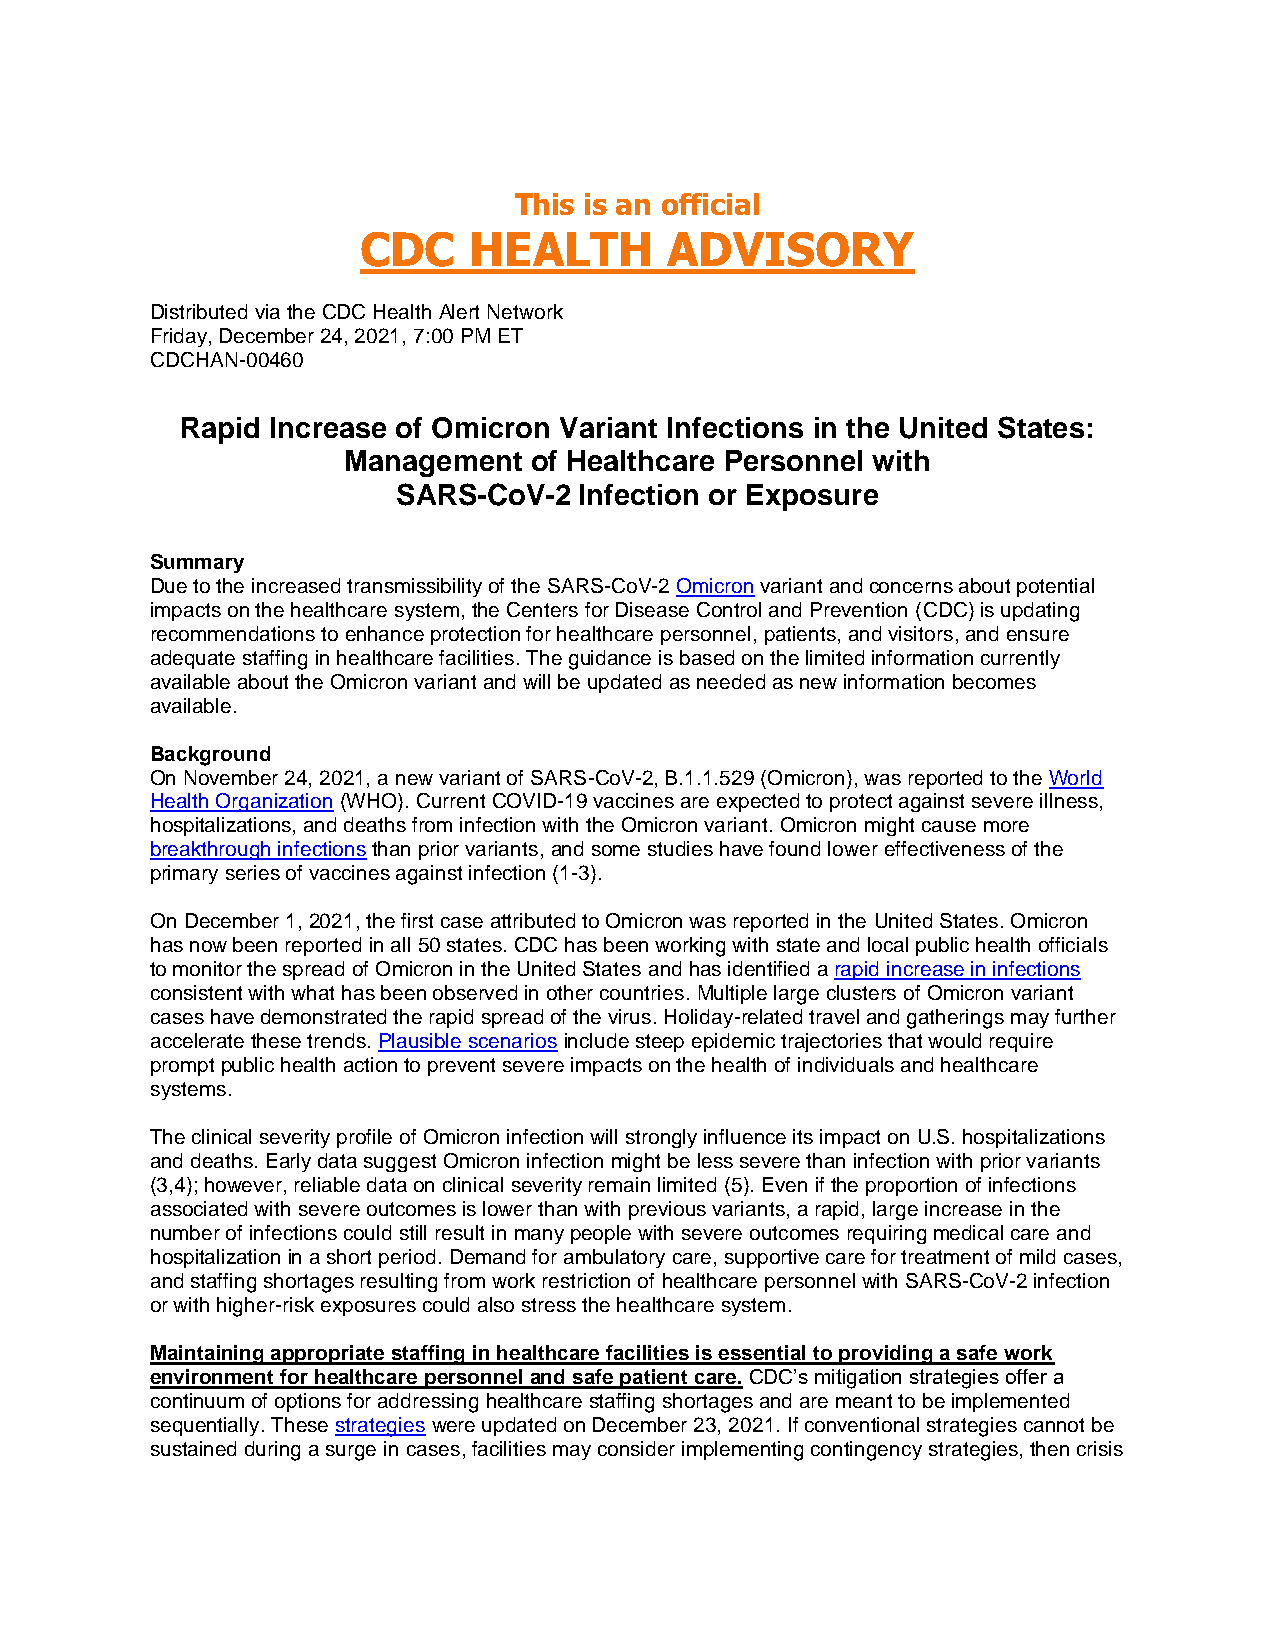
This is an official
 CDC    HEALTH       ADVISORY
 Distributed via the CDC Health Alert Network
 Friday, December 24, 2021, 7:00 PM ET
 CDCHAN-00460
 Rapid Increase of Omicron Variant Infections in the United States:
 Management  of Healthcare Personnel with
 SARS-CoV-2  Infection or Exposure
 Summary
 Due to the increased transmissibility of the SARS-CoV-2 Omicron variant and concerns about potential
 impacts on the healthcare system, the Centers for Disease Control and Prevention (CDC) is updating
 recommendations to enhance protection for healthcare personnel, patients, and visitors, and ensure
 adequate staffing in healthcare facilities. The guidance is based on the limited information currently
 available about the Omicron variant and will be updated as needed as new information becomes
 available.
 Background
 On November 24, 2021, a new variant of SARS-CoV-2, B.1.1.529 (Omicron), was reported to the World
 Health Organization (WHO). Current COVID-19 vaccines are expected to protect against severe illness,
 hospitalizations, and deaths from infection with the Omicron variant. Omicron might cause more
 breakthrough infections than prior variants, and some studies have found lower effectiveness of the
 primary series of vaccines against infection (1-3).
 On December 1, 2021, the first case attributed to Omicron was reported in the United States. Omicron
 has now been reported in all 50 states. CDC has been working with state and local public health officials
 to monitor the spread of Omicron in the United States and has identified a rapid increase in infections
 consistent with what has been observed in other countries. Multiple large clusters of Omicron variant
 cases have demonstrated the rapid spread of the virus. Holiday-related travel and gatherings may further
 accelerate these trends. Plausible scenarios include steep epidemic trajectories that would require
 prompt public health action to prevent severe impacts on the health of individuals and healthcare
 systems.
 The clinical severity profile of Omicron infection will strongly influence its impact on U.S. hospitalizations
 and deaths. Early data suggest Omicron infection might be less severe than infection with prior variants
 (3,4); however, reliable data on clinical severity remain limited (5). Even if the proportion of infections
 associated with severe outcomes is lower than with previous variants, a rapid, large increase in the
 number of infections could still result in many people with severe outcomes requiring medical care and
 hospitalization in a short period. Demand for ambulatory care, supportive care for treatment of mild cases,
 and staffing shortages resulting from work restriction of healthcare personnel with SARS-CoV-2 infection
 or with higher-risk exposures could also stress the healthcare system.
 Maintaining appropriate staffing in healthcare facilities is essential to providing a safe work
 environment for healthcare personnel and safe patient care. CDC’s mitigation strategies offer a
 continuum of options for addressing healthcare staffing shortages and are meant to be implemented
 sequentially. These strategies were updated on December 23, 2021. If conventional strategies cannot be
 sustained during a surge in cases, facilities may consider implementing contingency strategies, then crisis